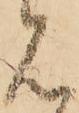
見